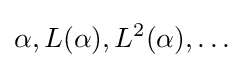
\alpha ,L(\alpha ),L^{2}(\alpha ),\dots